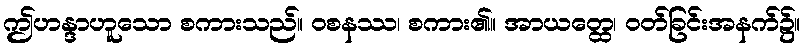
ဤဟန္ဒာဟူသော စကားသည်။ ဝစနဿ၊ စကား၏။ အာယတ္ထေ၊ ဝတ်ခြင်းအနက်၌။